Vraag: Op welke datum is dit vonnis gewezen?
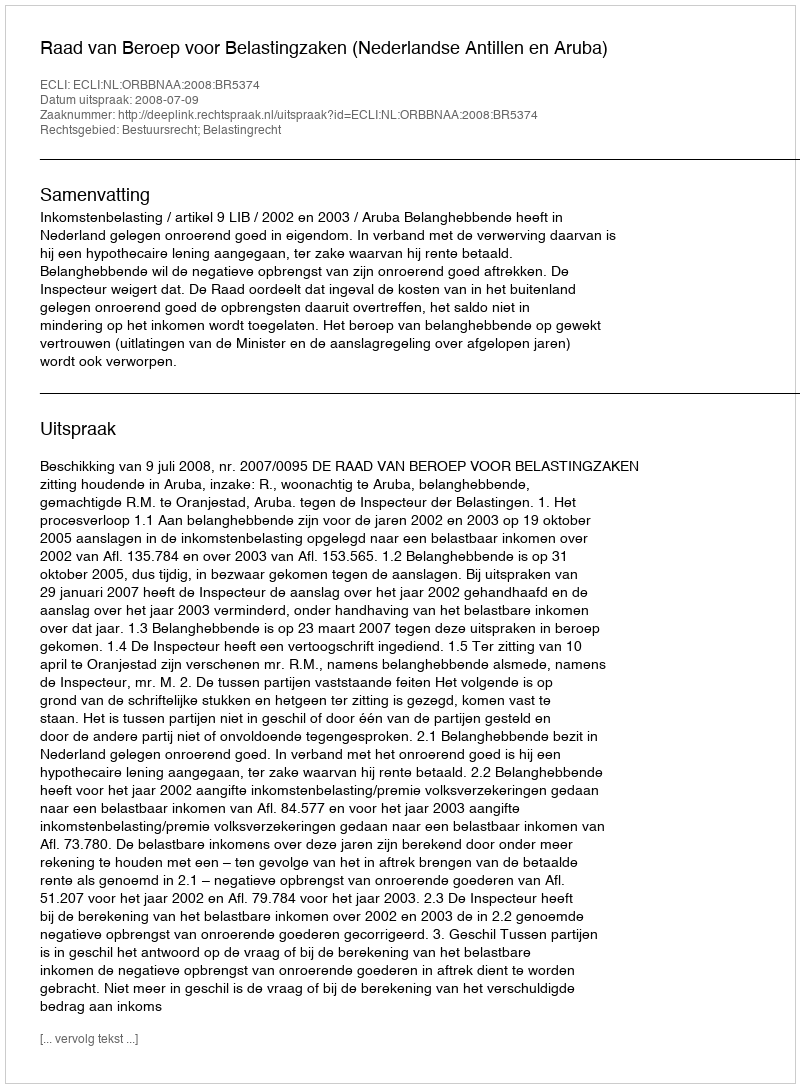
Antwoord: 2008-07-09